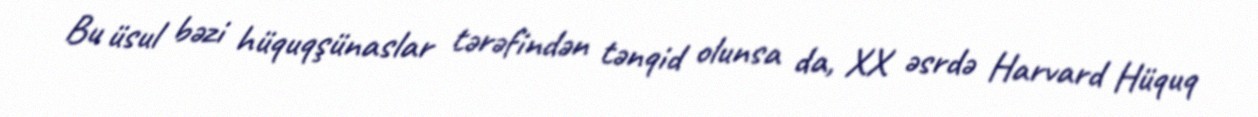
Bu üsul bəzi hüquqşünaslar tərəfindən tənqid olunsa da, XX əsrdə Harvard Hüquq